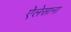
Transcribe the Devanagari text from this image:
ऐलेसाना